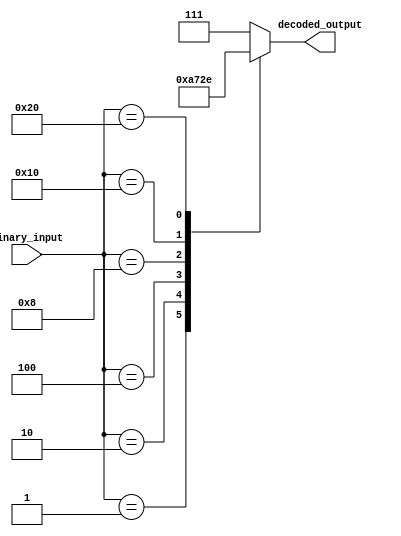
module OctalDecoder(
    input [7:0] binary_input,
    output reg [2:0] decoded_output
);

always @(*) begin
    case(binary_input)
        8'b00000001: decoded_output = 3'b001;
        8'b00000010: decoded_output = 3'b010;
        8'b00000100: decoded_output = 3'b011;
        8'b00001000: decoded_output = 3'b100;
        8'b00010000: decoded_output = 3'b101;
        8'b00100000: decoded_output = 3'b110;
        8'b01000000: decoded_output = 3'b111;
        default: decoded_output = 3'b111; // All other cases
    endcase
end

endmodule